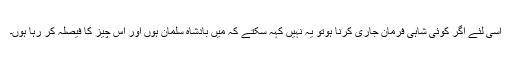
اسى لئے اگر کوئى شاہى فرمان جارى کرنا ہوتو یہ نہیں کہہ سکتے کہ میں بادشاه سلمان ہوں اور اس چیز کا فیصلہ کر رہا ہوں۔